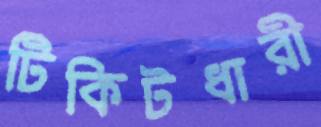
টিকিটধারী